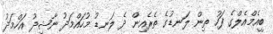
ބީއެމްއެލްގެ ފަހު ތިން ލަނޑުގެ ތެރެއިން ދެ ލަނޑު މުހައްމަދު ނާޝިދު އަހްމަދު